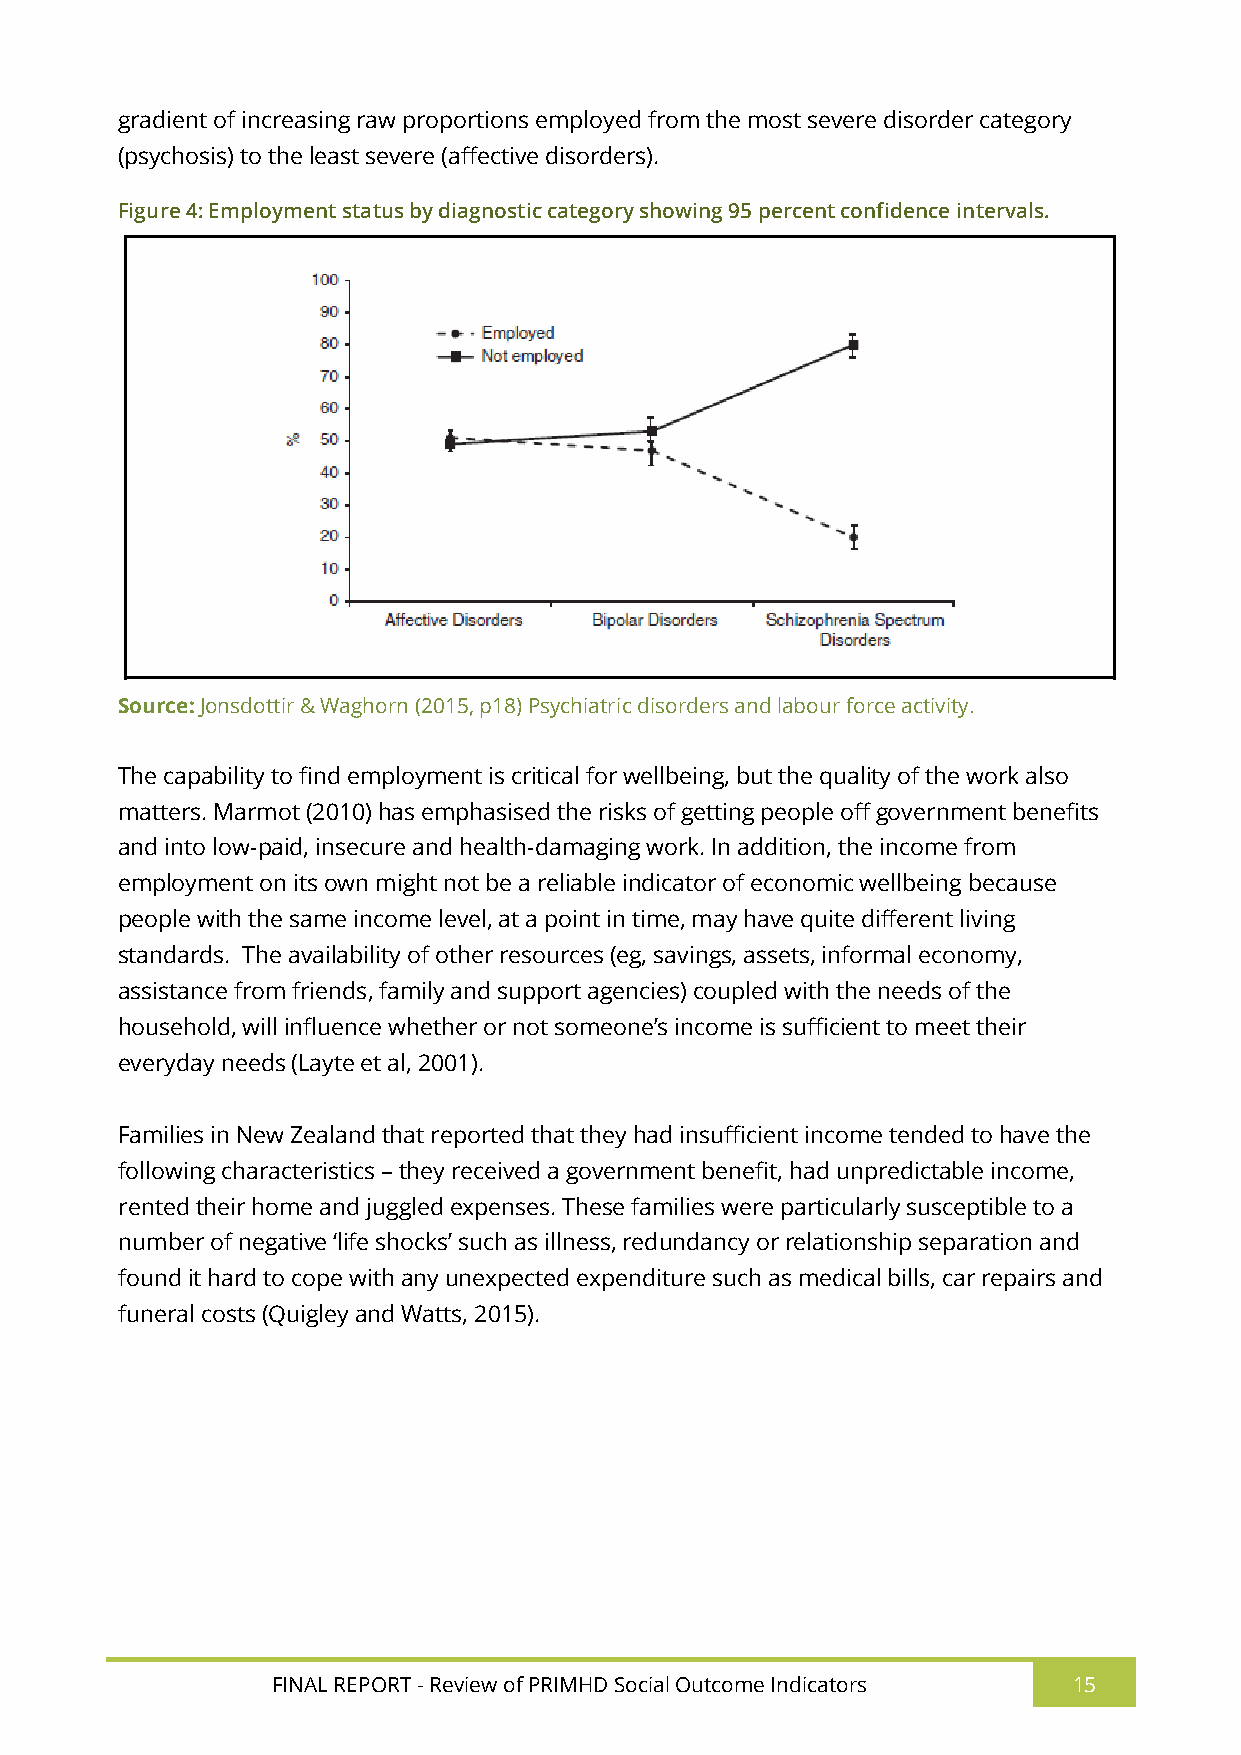
gradient of increasing raw proportions employed from the most severe disorder category
 (psychosis) to the least severe (affective disorders).
 Figure 4: Employment status by diagnostic category showing 95 percent confidence intervals.
 Source: Jonsdottir & Waghorn (2015, p18) Psychiatric disorders and labour force activity.
 The capability to find employment is critical for wellbeing, but the quality of the work also
 matters. Marmot (2010) has emphasised the risks of getting people off government benefits
 and into low-paid, insecure and health-damaging work. In addition, the income from
 employment on its own might not be a reliable indicator of economic wellbeing because
 people with the same income level, at a point in time, may have quite different living
 standards. The availability of other resources (eg, savings, assets, informal economy,
 assistance from friends, family and support agencies) coupled with the needs of the
 household, will influence whether or not someone’s income is sufficient to meet their
 everyday needs (Layte et al, 2001).
 Families in New Zealand that reported that they had insufficient income tended to have the
 following characteristics – they received a government benefit, had unpredictable income,
 rented their home and juggled expenses. These families were particularly susceptible to a
 number of negative ‘life shocks’ such as illness, redundancy or relationship separation and
 found it hard to cope with any unexpected expenditure such as medical bills, car repairs and
 funeral costs (Quigley and Watts, 2015).
 FINAL REPORT - Review of PRIMHD Social Outcome Indicators 15